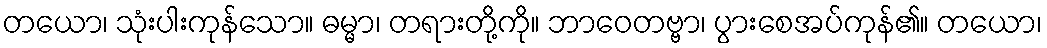
တယော၊ သုံးပါးကုန်သော။ ဓမ္မာ၊ တရားတို့ကို။ ဘာဝေတဗ္ဗာ၊ ပွားစေအပ်ကုန်၏။ တယော၊